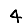
Digit: 4